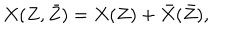
X ( Z , \bar { Z } ) = X ( Z ) + \bar { X } ( \bar { Z } ) ,